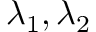
\lambda _ { 1 } , \lambda _ { 2 }